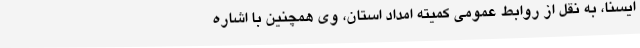
ایسنا، به نقل از روابط عمومی کمیته امداد استان، وی همچنین با اشاره